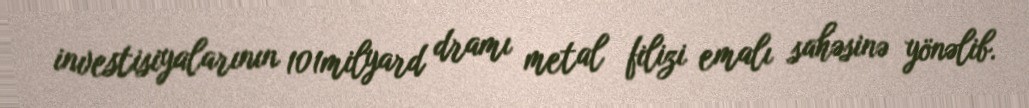
investisiyalarının 101milyard dramı metal filizi emalı sahəsinə yönəlib.